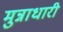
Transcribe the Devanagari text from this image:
मुन्नाधारी